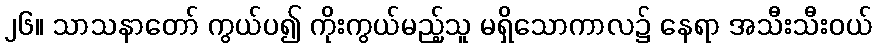
၂၆။ သာသနာတော် ကွယ်ပ၍ ကိုးကွယ်မည့်သူ မရှိသောကာလ၌ နေရာ အသီးသီးဝယ်